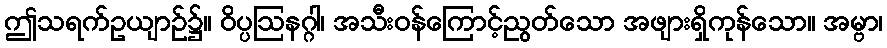
ဤသရက်ဥယျာဉ်၌။ ဝိပ္ပဩနဂ္ဂါ၊ အသီးဝန်ကြောင့်ညွတ်သော အဖျားရှိကုန်သော။ အမ္ဗာ၊